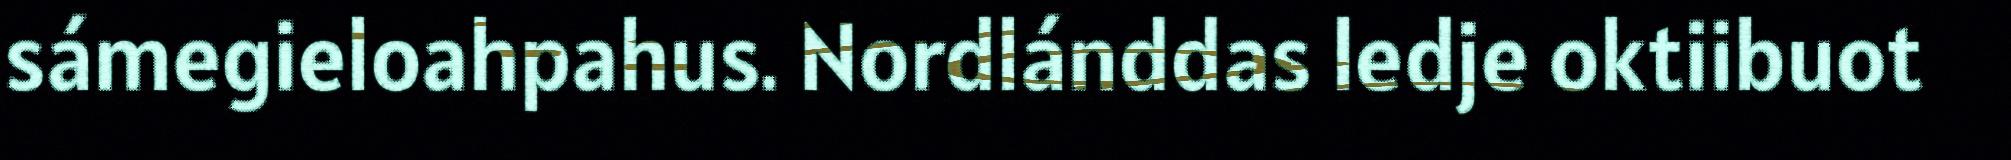
sámegieloahpahus. Nordlánddas ledje oktiibuot